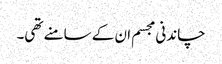
چاندنی مجسم ان کے سامنے تھی۔